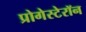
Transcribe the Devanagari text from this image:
प्रोगेस्टेरॉन